Civil Veterinary Dept. Bombay admin report 1893-99 - 1893-1899
Year: 1893
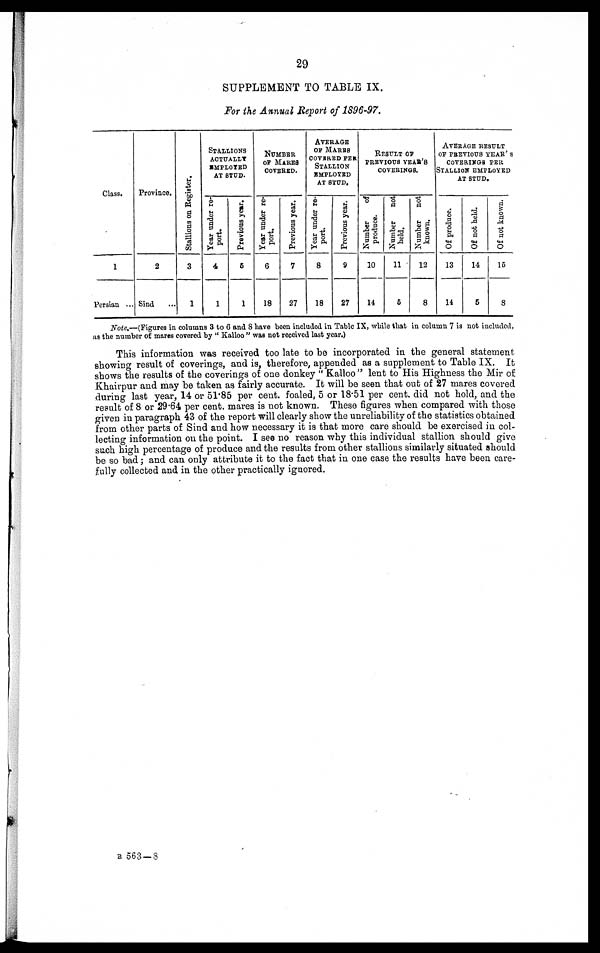
29
SUPPLEMENT TO TABLE IX.
For the Annual Report of 1896-97.
Class.
1
Persian ...
Province.
2
Sind ...
Stallions on Register.
3
1
STALLIONS
ACTUALLY
EMPLOYED
AT STUD.
Year under re-
port.
4
1
Previous year.
5
1
NUMBER
OF MARES
COVERED.
Year under re-
port.
6
18
Previous year.
7
27
AVERAGE
OF MARES
COVERED PER
STALLION
EMPLOYED
AT STUD.
Year under re-
port.
8
18
Previous year.
9
27
RESULT OF
PREVIOUS YEAR,'S
COVERINGS.
Number
of
produce.
10
14
Number
not
held.
11
5
Number
not
known.
12
8
AVERAGE RESULT
OF PREVIOUS YEAR'S
COVERINGS PER
STALLION EMPLOYED
AT STUD.
Of produce.
13
14
Of not held.
14
5
Of not known.
15
8
Note.—(Figures in columns 3 to 6 and 8 have been included in Table IX, while that in column 7 is not included,
as the number of mares covered by "Kalloo" was not received last year.)
This information was received too late to be incorporated in the general statement
showing result of coverings, and is, therefore, appended as a supplement to Table IX. It
shows the results of the coverings of one donkey "Kalloo" lent to His Highness the Mir of
Khairpur and may be taken as fairly accurate. It will be seen that out of 27 mares covered
during last year, 14 or 51.85 per cent. foaled, 5 or 18.51 per cent. did not hold, and the
result of 8 or 29.64 per cent. mares is not known. These figures when compared with those
given in paragraph 43 of the report will clearly show the unreliability of the statistics obtained
from other parts of Sind and how necessary it is that more care should be exercised in col-
lecting information on the point. I see no reason why this individual stallion should give
such high percentage of produce and the results from other stallions similarly situated should
be so bad; and can only attribute it to the fact that in one case the results have been care-
fully collected and in the other practically ignored.
B 563—3